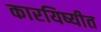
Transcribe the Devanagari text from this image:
कारयिष्यीत